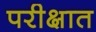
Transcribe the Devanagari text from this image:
परीक्षात